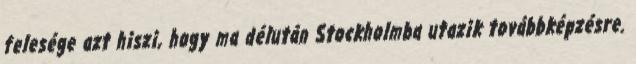
felesége azt hiszi, hogy ma délután Stockholmba utazik továbbképzésre.